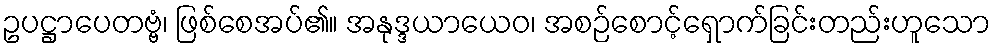
ဥပဋ္ဌာပေတဗ္ဗံ၊ ဖြစ်စေအပ်၏။ အနုဒ္ဒယာယေဝ၊ အစဉ်စောင့်ရှောက်ခြင်းတည်းဟူသော